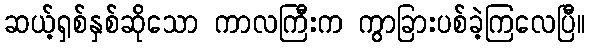
ဆယ့်ရှစ်နှစ်ဆိုသော ကာလကြီးက ကွာခြားပစ်ခဲ့ကြလေပြီ။